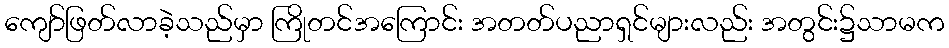
ကျော်ဖြတ်လာခဲ့သည်မှာ ကြိုတင်အကြောင်း အတတ်ပညာရှင်များလည်း အတွင်း၌သာမက